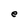
Character: e